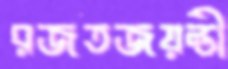
রজতজয়ন্তী